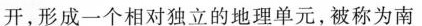
开，形成一个相对独立的地理单元，被称为南